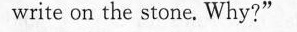
write on the stone. Why?"